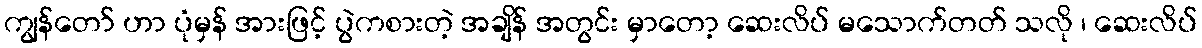
ကျွန်တော် ဟာ ပုံမှန် အားဖြင့် ပွဲကစားတဲ့ အချိန် အတွင်း မှာတော့ ဆေးလိပ် မသောက်တတ် သလို ၊ ဆေးလိပ်